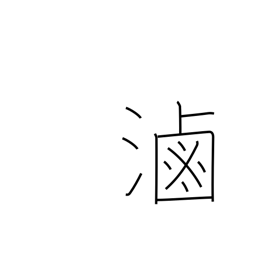
Meaning: brine